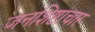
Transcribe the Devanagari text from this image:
जनशिष्टाचार